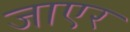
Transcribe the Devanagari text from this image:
जाएर